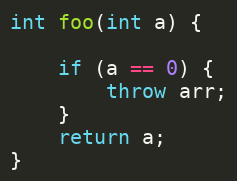
Language: C++
int foo(int a) {

    if (a == 0) {
        throw arr;
    }
    return a;
}